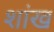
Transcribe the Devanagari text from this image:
शांख